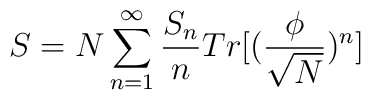
S = N \sum_{n=1}^{\infty} \frac{S_{n}}{n} Tr[(\frac{\phi}{\sqrt N})^{n}]